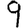
Digit: 9